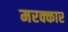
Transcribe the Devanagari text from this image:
मरक्कार